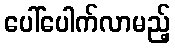
ပေါ်ပေါက်လာမည့်